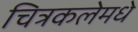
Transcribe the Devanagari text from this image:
चित्रकलेमधे